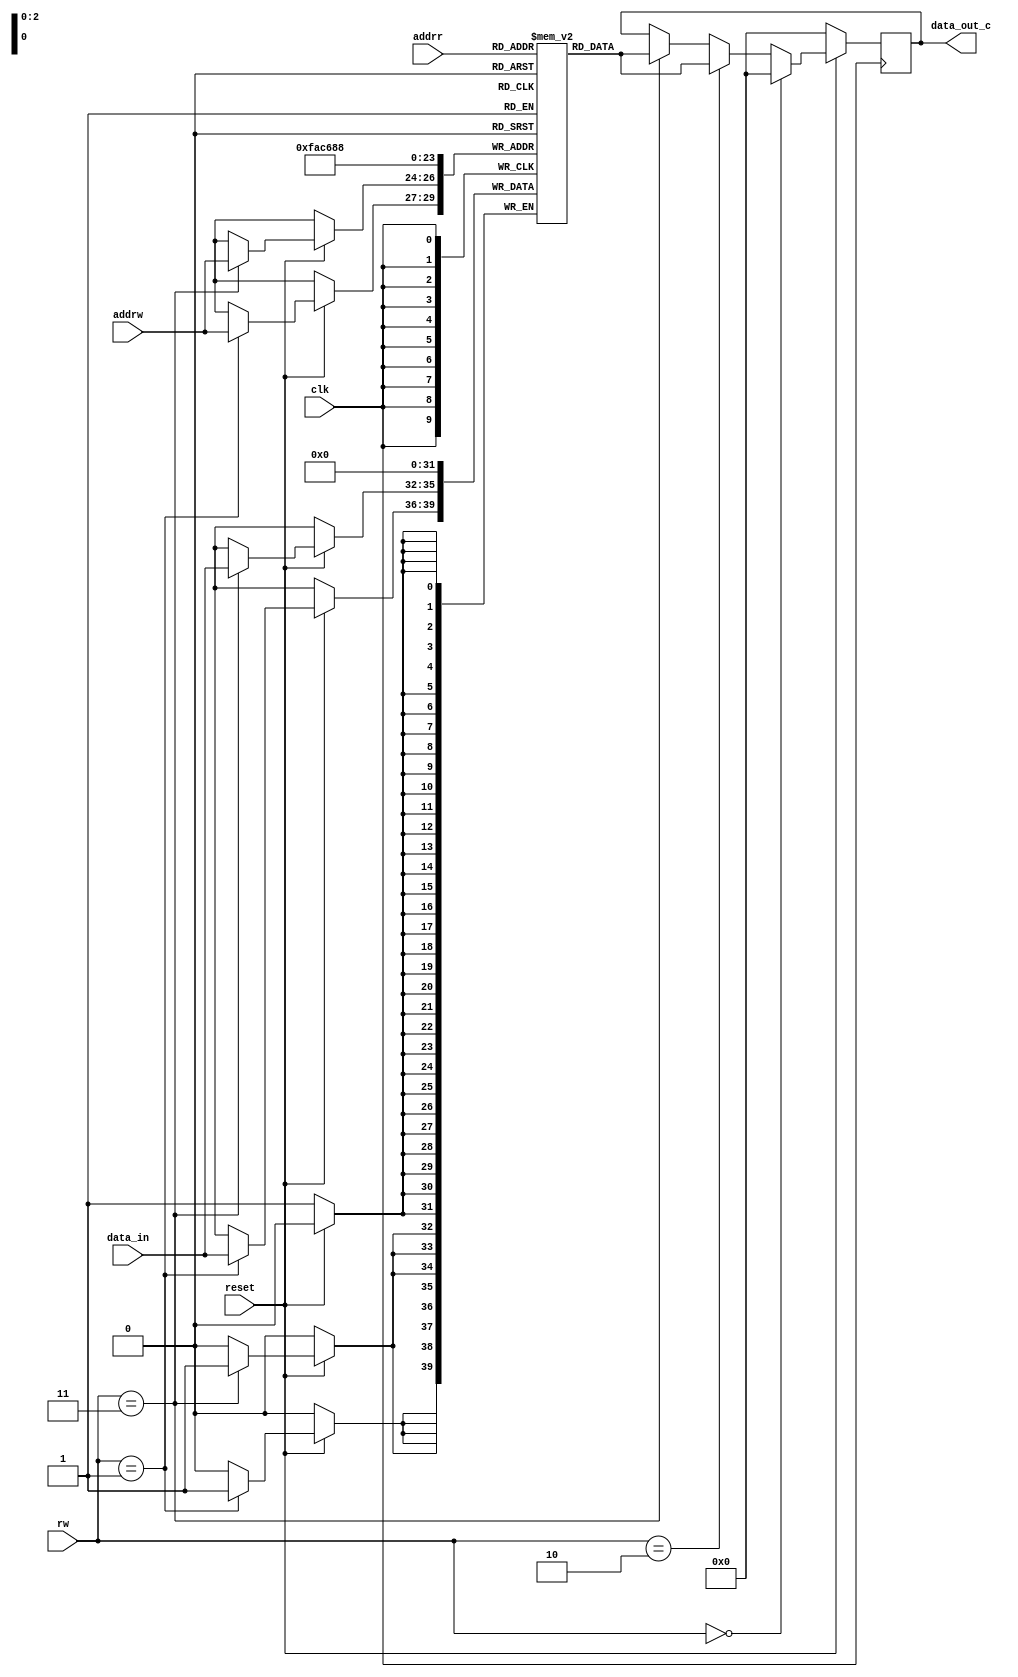
`ifndef RAM_C   //-- Para no tener problemas con los include, si el
 `define RAM_C  //   modulo RAM_c ya estaba definido ignora el codigo


module RAM_c #(
    parameter AW = 3,   //-- Cantidad de bits de direcciones (Adress width)
    parameter DW = 4)   //-- Cantidad de bits de datos (Data width) 
    (   
    input clk,                          //-- Reloj
    input reset,                        //-- Reset
    input [AW-1: 0] addrr,               //-- Direccion1 de la RAM
    input [AW-1: 0] addrw,               //-- Direccion2 de la RAM
    input [1:0] rw,                     //-- 00 idle, 01 write, 10 read, 11 read and write
    input [DW-1: 0] data_in,            //-- Dato entrada de la RAM 
    output reg [DW-1: 0] data_out_c     //-- Dato salida de RAM
    );         

    localparam cantidad_datos = 2 ** AW;

    reg [DW-1:0] ram_memory [0: cantidad_datos-1];  //-- Numero de datos (cantidad_datos) de DW bits
                                                    //-- ejm: si AW = 4 y DW = 5 se tiene que hay 
                                                    //-- 2^4 datos de 5 bits cada uno.
  
    integer i;
    always @(posedge clk) begin
        if (reset == 0) begin           //-- Inicializando en 0 la RAM
            data_out_c <= 'b0; 
            for (i = 0;i < cantidad_datos;i = i + 1) begin
                ram_memory[i] <= 'b0;   
            end
        end
        else begin

            if(rw == 'b11 )begin
                ram_memory[addrw]<=data_in;
                data_out_c <= ram_memory[addrr];
            end

            if(rw == 'b01 )begin
                ram_memory[addrw]<=data_in;
            end
            if(rw == 'b10 )begin
                data_out_c <= ram_memory[addrr];
            end
            if(rw == 'b00 )begin
                data_out_c <= 'b00;
            end
            
        end 

    end     

endmodule

`endif